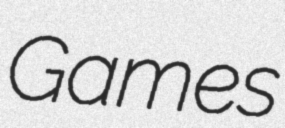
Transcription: Games